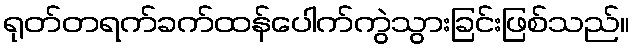
ရုတ်တရက်ခက်ထန်ပေါက်ကွဲသွားခြင်းဖြစ်သည်။